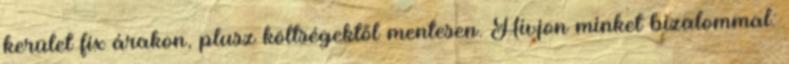
kerület fix árakon, plusz költségektől mentesen. Hívjon minket bizalommal: